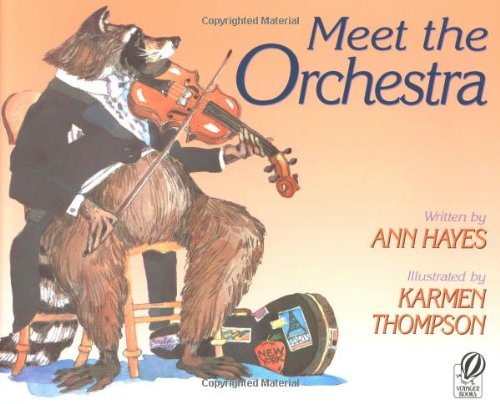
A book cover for Meet the Orchestra; Ann Hayes; Children's Books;